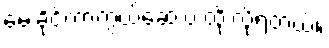
မေးခိုင်ကာကွယ်ဆေးပဲ ထိုးလို့ရတယ်။